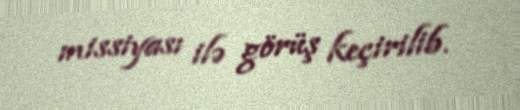
missiyası ilə görüş keçirilib.